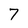
Character: 7